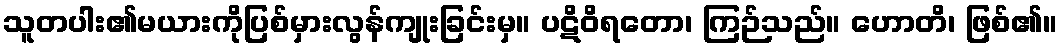
သူတပါး၏မယားကိုပြစ်မှားလွန်ကျုးခြင်းမှ။ ပဋိဝိရတော၊ ကြဉ်သည်။ ဟောတိ၊ ဖြစ်၏။